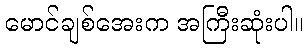
မောင်ချစ်အေးက အကြီးဆုံးပါ။